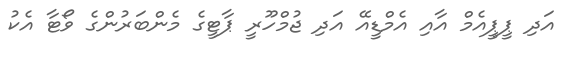
އަދި ޕީޕީއެމް އާއި އެމްޑީއޭ އަދި ޖުމްހޫރީ ޕާޓީގެ މެންބަރުންގެ ވޯޓާ އެކު